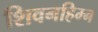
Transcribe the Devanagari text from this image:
शिवनहिम्न